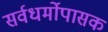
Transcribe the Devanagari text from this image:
सर्वधर्मोपासक